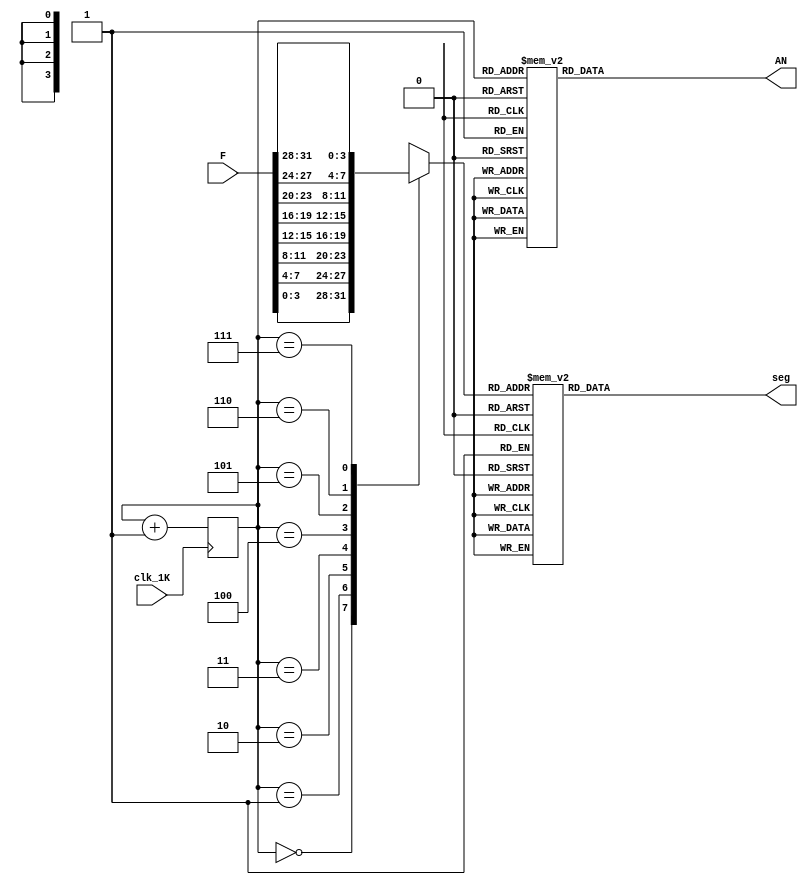
`timescale 1ns / 1ps
//////////////////////////////////////////////////////////////////////////////////
// Company: 
// Engineer: 
// 
// Design Name: 
// Module Name: work
// Project Name: 
// Target Devices: 
// Tool Versions: 
// Description: 
// 
// Dependencies: 
// 
// Revision:
// Revision 0.01 - File Created
// Additional Comments:
// 
//////////////////////////////////////////////////////////////////////////////////


module work(
   input [31:0]F,
   input clk_1K,
       output reg[7:0] AN,
       output reg[7:0] seg
   );
  
    reg [2:0] bit_sel;
    reg[3:0] num;
    
     always @(posedge clk_1K)
                 bit_sel<=bit_sel+1'b1;
    always @(bit_sel)
              case(bit_sel)
                   3'b000:AN<=8'b11111110;
                   3'b001:AN<=8'b11111101;
                   3'b010:AN<=8'b11111011;
                   3'b011:AN<=8'b11110111;
                   3'b100:AN<=8'b11101111;
                   3'b101:AN<=8'b11011111;
                   3'b110:AN<=8'b10111111;
                   3'b111:AN<=8'b01111111;
              endcase  
          
    always @(bit_sel)
               case(bit_sel)
                   3'b000:num<=F[3:0];
                   3'b001: num<=F[7:4];
                   3'b010: num<=F[11:8];
                   3'b011:num<=F[15:12];             
                   3'b100:num<=F[19:16];
                   3'b101: num<=F[23:20];
                   3'b110: num<=F[27:24];
                   3'b111: num<=F[31:28];   
               endcase  
     always @(*)
               case(num) 
                   0:seg<=8'b00000011;
                   1:seg<=8'b10011111;
                   2:seg<=8'b00100101;
                   3:seg<=8'b00001101;
                   4:seg<=8'b10011001;
                   5:seg<=8'b01001001;
                   6:seg<=8'b01000001;
                   7:seg<=8'b00011111;
                   8:seg<=8'b00000001;
                   9:seg<=8'b00001001;
                   10:seg<=8'b00010001;
                   11:seg<=8'b11000001;
                   12:seg<=8'b01100011;
                   13:seg<=8'b10000101;
                   14:seg<=8'b01100001;
                   15:seg<=8'b01110001;
               endcase    
endmodule